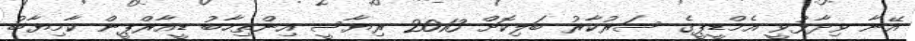
އޭނާ ވިދާޅުވީ އެމްޑީޕީގެ ސަރުކާރު ބަލިކޮށް 2013 ރިޔާސީ އިންތިހާބު ޑީއާރްޕީން ކާމިޔާބު